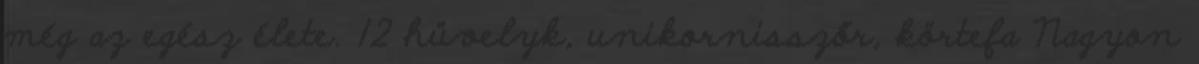
még az egész élete. 12 hüvelyk, unikornisszőr, körtefa Nagyon